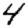
Digit: 4